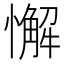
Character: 懈